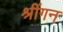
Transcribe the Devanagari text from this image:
श्रींगन